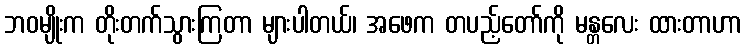
ဘဝမျိုးက တိုးတက်သွားကြတာ များပါတယ်၊ အဖေက တပည့်တော်ကို မန္တလေး ထားတာဟာ